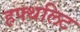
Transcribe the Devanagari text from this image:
हफ्थलिट